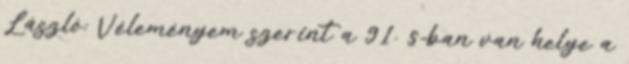
László: Véleményem szerint a 91. §-ban van helye a